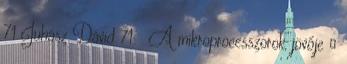
71 Juhász Dávid 71 A mikroprocesszorok jövője ●